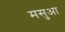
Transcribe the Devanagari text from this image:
मसुआ